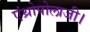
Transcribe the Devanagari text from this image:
एंथ्रोपोलाजी।